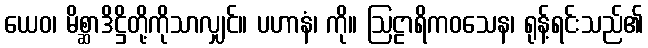
ယေဝ၊ မိစ္ဆာဒိဋ္ဌိတို့ကိုသာလျှင်။ ပဟာနံ၊ ကို။ ဩဠာရိကဝသေန၊ ရုန့်ရင်းသည်၏